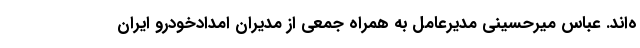
ه‌اند. عباس میرحسینی مدیرعامل به همراه جمعی از مدیران امدادخودرو ایران